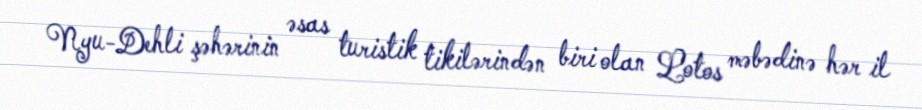
Nyu-Dehli şəhərinin əsas turistik tikilərindən biri olan Lotos məbədinə hər il